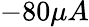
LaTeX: -80\mu A